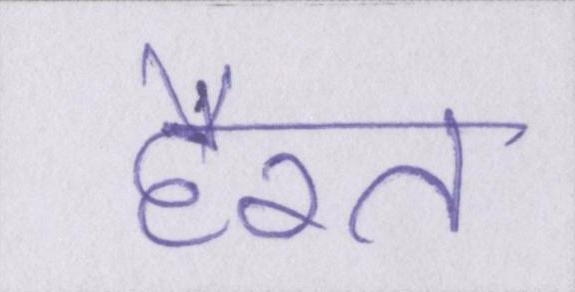
हैरत